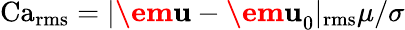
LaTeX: \operatorname{Ca}_{\operatorname{rms}}=|\textbf{\em u}-\textbf{\em u}_{0}|_{\operatorname{rms}}\mu/\sigma